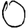
Digit: 0